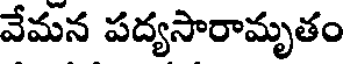
వేమన పద్యసారామృతం